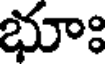
భూః